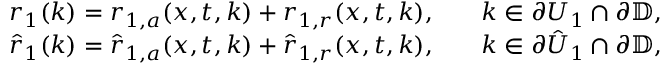
\begin{array} { r l r l } & { r _ { 1 } ( k ) = r _ { 1 , a } ( x , t , k ) + r _ { 1 , r } ( x , t , k ) , } & & { k \in \partial U _ { 1 } \cap \partial { \mathbb D } , } \\ & { \hat { r } _ { 1 } ( k ) = \hat { r } _ { 1 , a } ( x , t , k ) + \hat { r } _ { 1 , r } ( x , t , k ) , } & & { k \in \partial \hat { U } _ { 1 } \cap \partial { \mathbb D } , } \end{array}